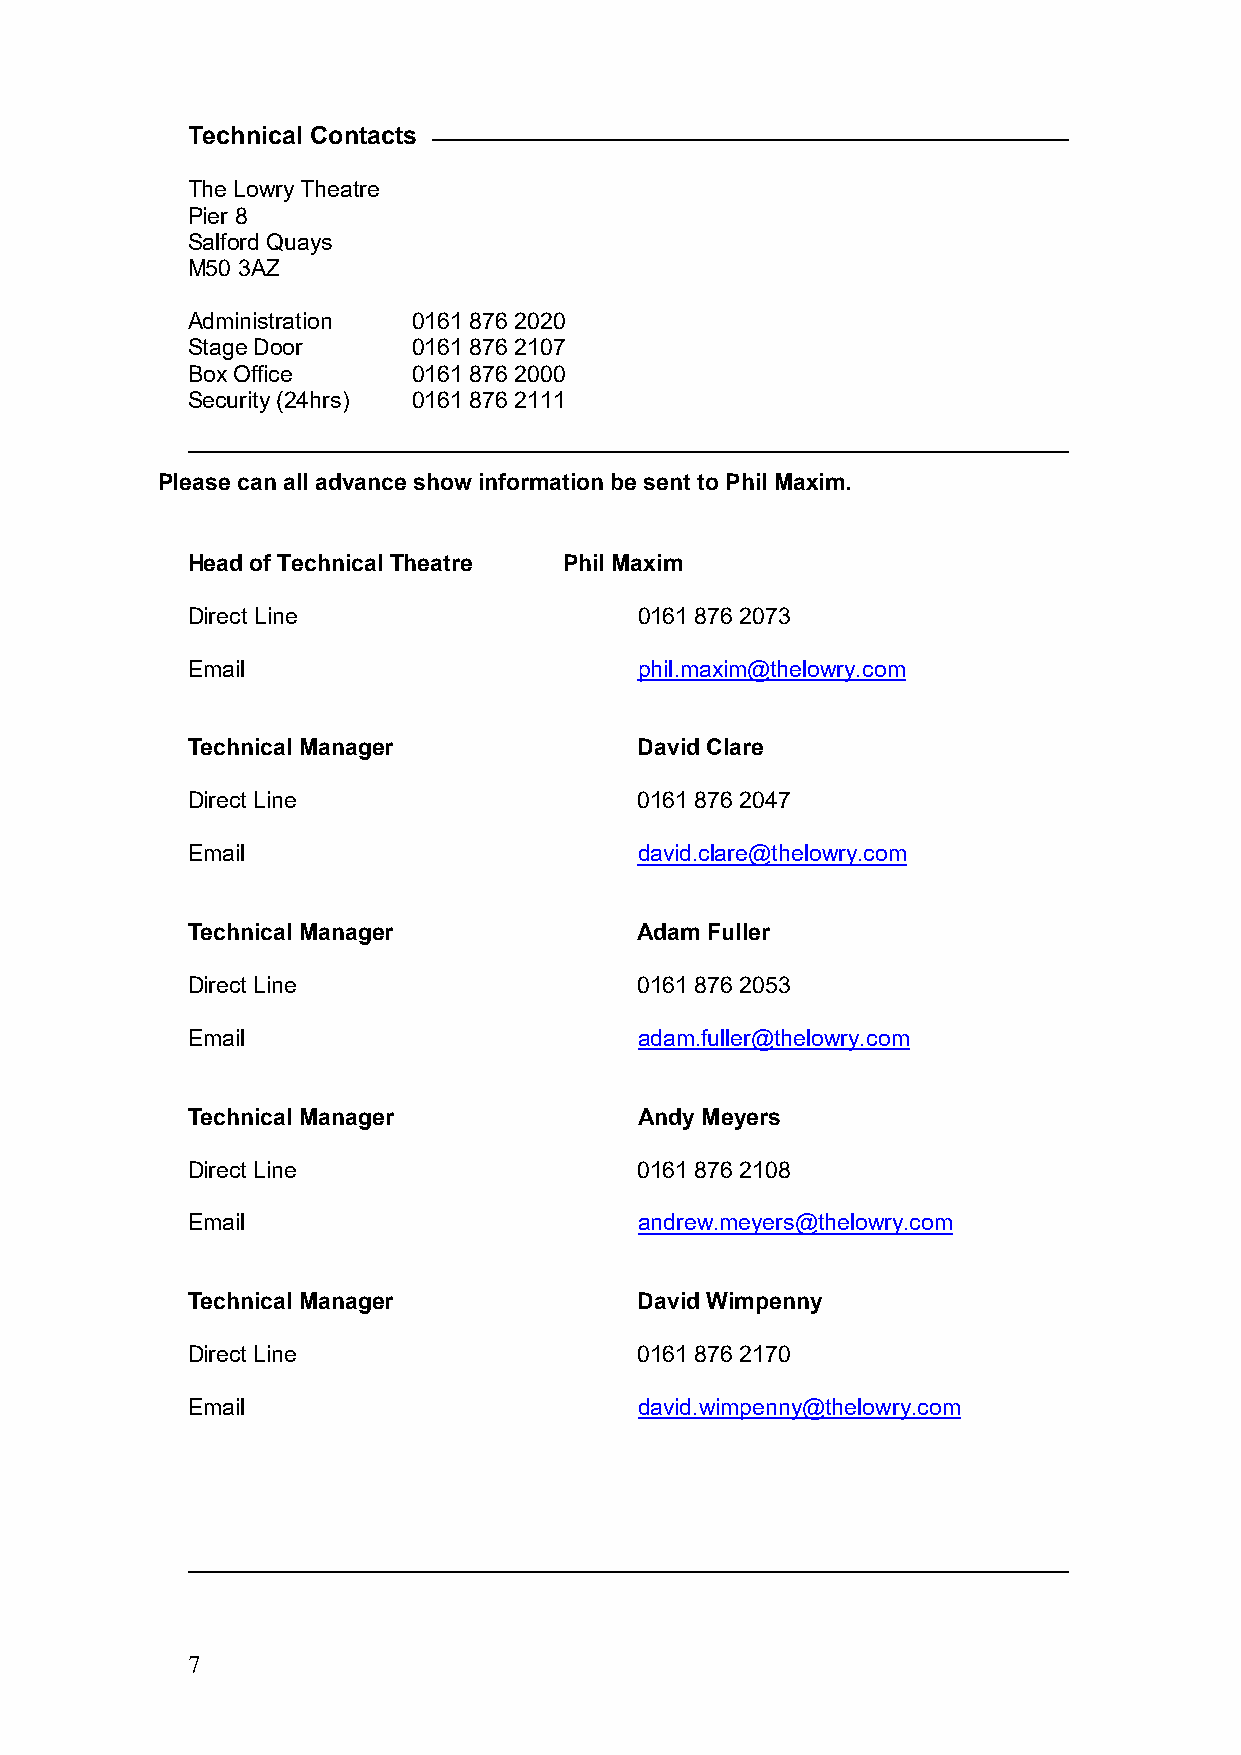
Technical Contacts
 The Lowry Theatre
 Pier 8
 Salford Quays
 M50 3AZ
 Administration 0161 876 2020
 Stage Door     0161 876 2107
 Box Office     0161 876 2000
 Security (24hrs) 0161 876 2111
 Please can all advance show information be sent to Phil Maxim.
 Head of Technical Theatre Phil Maxim
 Direct Line                   0161 876 2073
 Email                         phil.maxim@thelowry.com
 Technical Manager             David Clare
 Direct Line                   0161 876 2047
 Email                         david.clare@thelowry.com
 Technical Manager             Adam Fuller
 Direct Line                   0161 876 2053
 Email                         adam.fuller@thelowry.com
 Technical Manager             Andy Meyers
 Direct Line                   0161 876 2108
 Email                         andrew.meyers@thelowry.com
 Technical Manager             David Wimpenny
 Direct Line                   0161 876 2170
 Email                         david.wimpenny@thelowry.com
 7